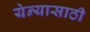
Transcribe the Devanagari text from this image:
येन्यासाठी